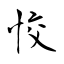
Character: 恔